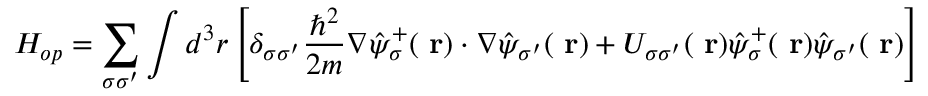
H _ { o p } = \sum _ { \sigma \sigma ^ { \prime } } \int d ^ { 3 } r \left[ \delta _ { \sigma \sigma ^ { \prime } } \frac { \hbar ^ { 2 } } { 2 m } \nabla \hat { \psi } _ { \sigma } ^ { + } ( \mathrm { \bf ~ r } ) \cdot \nabla \hat { \psi } _ { \sigma ^ { \prime } } ( \mathrm { \bf ~ r } ) + U _ { \sigma \sigma ^ { \prime } } ( \mathrm { \bf ~ r } ) \hat { \psi } _ { \sigma } ^ { + } ( \mathrm { \bf ~ r } ) \hat { \psi } _ { \sigma ^ { \prime } } ( \mathrm { \bf ~ r } ) \right]